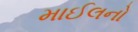
માઈલનો